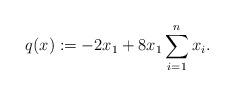
LaTeX: \begin{align*}q(x) := -2x_1 + 8x_1\sum_{i=1}^n x_i.\end{align*}